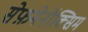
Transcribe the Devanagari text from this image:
सेफ़मेनॉक्सिम